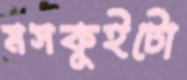
মসকুইটো